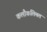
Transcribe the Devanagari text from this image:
कलौकलिमल